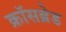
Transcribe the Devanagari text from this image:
क्रॉसब्रेड